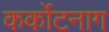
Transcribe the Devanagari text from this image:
कर्कोटनाग